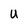
Character: u